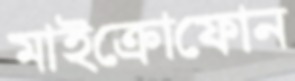
মাইক্রোফোন